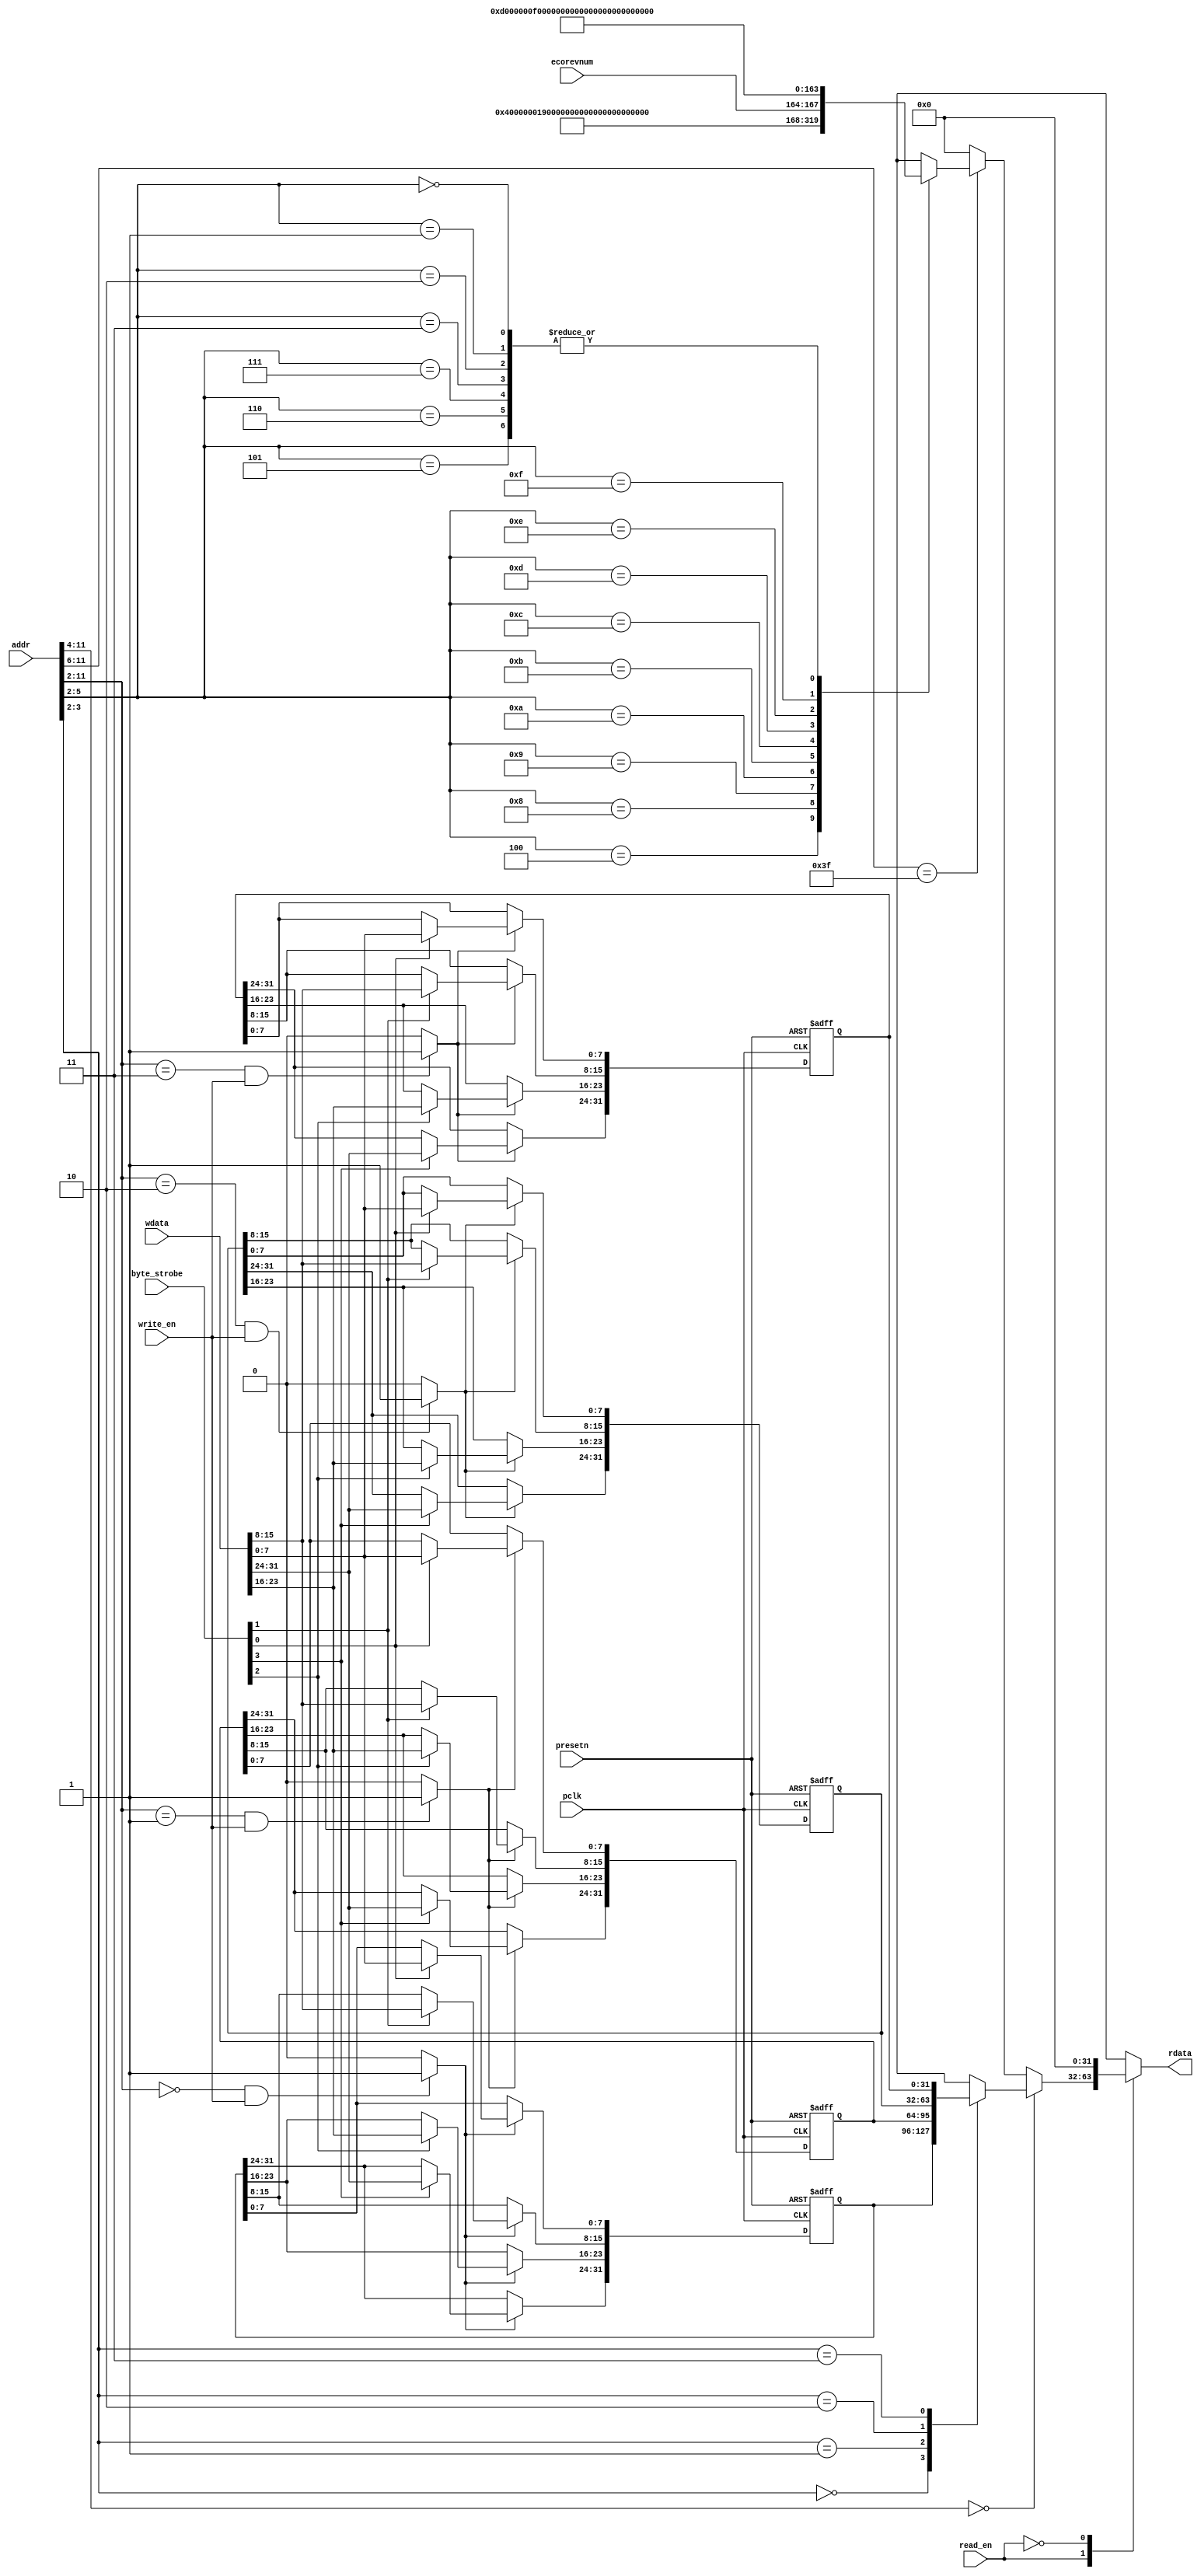
//-----------------------------------------------------------------------------
// The confidential and proprietary information contained in this file may
// only be used by a person authorised under and to the extent permitted
// by a subsisting licensing agreement from ARM Limited.
//
//            (C) COPYRIGHT 2010-2013 ARM Limited.
//                ALL RIGHTS RESERVED
//
// This entire notice must be reproduced on all copies of this file
// and copies of this file may only be made by a person if such person is
// permitted to do so under the terms of a subsisting license agreement
// from ARM Limited.
//
//      SVN Information
//
//      Checked In          : $Date: 2013-01-09 12:55:25 +0000 (Wed, 09 Jan 2013) $
//
//      Revision            : $Revision: 233070 $
//
//      Release Information : Cortex-M System Design Kit-r1p0-00rel0
//
//-----------------------------------------------------------------------------
//-----------------------------------------------------------------------------
// Abstract : APB example slave register module.
//            Support AMBA APB4
//            This is an example slave with four 32-bit registers, provides write
//            and read operation. The Data and address valid at the same clock
//            cycle. Byte strobe signal is supported.
//-----------------------------------------------------------------------------

module cmsdk_apb4_eg_slave_reg #(
  // parameter for address width
  parameter   ADDRWIDTH = 12)
 (
  input  wire                   pclk,       // clock
  input  wire                   presetn,    // reset

  // Register interface
  input  wire [ADDRWIDTH-1:0]   addr,
  input  wire                   read_en,
  input  wire                   write_en,
  input  wire [3:0]             byte_strobe,
  input  wire [31:0]            wdata,
  input  wire [3:0]             ecorevnum,
  output reg  [31:0]            rdata);

  // Local ID parameters, APB4 example slave has part number of 819
localparam  ARM_CMSDK_APB4_EG_SLAVE_PID4 = 32'h00000004; // 0xFD0 : PID 4
localparam  ARM_CMSDK_APB4_EG_SLAVE_PID5 = 32'h00000000; // 0xFD4 : PID 5
localparam  ARM_CMSDK_APB4_EG_SLAVE_PID6 = 32'h00000000; // 0xFD8 : PID 6
localparam  ARM_CMSDK_APB4_EG_SLAVE_PID7 = 32'h00000000; // 0xFDC : PID 7
localparam  ARM_CMSDK_APB4_EG_SLAVE_PID0 = 32'h00000019; // 0xFE0 : PID 0 APB4 Example slave part number[7:0]
localparam  ARM_CMSDK_APB4_EG_SLAVE_PID1 = 32'h000000B8; // 0xFE4 : PID 1 [7:4] jep106_id_3_0. [3:0] part number [11:8]
localparam  ARM_CMSDK_APB4_EG_SLAVE_PID2 = 32'h0000001B; // 0xFE8 : PID 2 [7:4] revision, [3] jedec_used. [2:0] jep106_id_6_4
localparam  ARM_CMSDK_APB4_EG_SLAVE_PID3 = 32'h00000000; // 0xFEC : PID 3
localparam  ARM_CMSDK_APB4_EG_SLAVE_CID0 = 32'h0000000D; // 0xFF0 : CID 0
localparam  ARM_CMSDK_APB4_EG_SLAVE_CID1 = 32'h000000F0; // 0xFF4 : CID 1 PrimeCell class
localparam  ARM_CMSDK_APB4_EG_SLAVE_CID2 = 32'h00000005; // 0xFF8 : CID 2
localparam  ARM_CMSDK_APB4_EG_SLAVE_CID3 = 32'h000000B1; // 0xFFC : CID 3
         // Note : Customer changing the design should modify
         // - jep106 value (www.jedec.org)
         // - part number (customer define)
         // - Optional revision and modification number (e.g. rXpY)


 //------------------------------------------------------------------------------
 // internal signals
 //------------------------------------------------------------------------------

  reg    [31:0]            data0;
  reg    [31:0]            data1;
  reg    [31:0]            data2;
  reg    [31:0]            data3;
  wire   [3:0]             wr_sel;

 //------------------------------------------------------------------------------
 // module logic start
 //------------------------------------------------------------------------------
  // Address decoding for write operations
  assign wr_sel[0] = ((addr[(ADDRWIDTH-1):2]==10'b0000000000)&(write_en)) ? 1'b1: 1'b0;
  assign wr_sel[1] = ((addr[(ADDRWIDTH-1):2]==10'b0000000001)&(write_en)) ? 1'b1: 1'b0;
  assign wr_sel[2] = ((addr[(ADDRWIDTH-1):2]==10'b0000000010)&(write_en)) ? 1'b1: 1'b0;
  assign wr_sel[3] = ((addr[(ADDRWIDTH-1):2]==10'b0000000011)&(write_en)) ? 1'b1: 1'b0;


 // register write, byte enable


 // Data register: data0
  always @(posedge pclk or negedge presetn)
    begin
    if (~presetn)
      begin
        data0 <= {32{1'b0}}; // Reset data 0 to 0x00000000
      end
    else if (wr_sel[0])
      begin
        if (byte_strobe[0])
           data0[ 7: 0] <= wdata[ 7: 0];
        if (byte_strobe[1])
           data0[15: 8] <= wdata[15: 8];
        if (byte_strobe[2])
           data0[23:16] <= wdata[23:16];
        if (byte_strobe[3])
           data0[31:24] <= wdata[31:24];
      end
    end


 // Data register: data1
  always @(posedge pclk or negedge presetn)
    begin
    if (~presetn)
      begin
        data1 <= {32{1'b0}}; // Reset data 1 to 0x00000000
      end
    else if (wr_sel[1])
      begin
        if (byte_strobe[0])
           data1[ 7: 0] <= wdata[7:0];
        if (byte_strobe[1])
           data1[15: 8] <= wdata[15:8];
        if (byte_strobe[2])
           data1[23:16] <= wdata[23:16];
        if (byte_strobe[3])
           data1[31:24] <= wdata[31:24];
      end
    end


  // Data register: data2
  always @(posedge pclk or negedge presetn)
    begin
    if (~presetn)
      begin
        data2 <= {32{1'b0}}; // Reset data 2 to 0x00000000
      end
    else if (wr_sel[2])
      begin
        if (byte_strobe[0])
           data2[ 7: 0] <= wdata[ 7: 0];
        if (byte_strobe[1])
           data2[15: 8] <= wdata[15: 8];
        if (byte_strobe[2])
           data2[23:16] <= wdata[23:16];
        if (byte_strobe[3])
           data2[31:24] <= wdata[31:24];
      end
    end


  // Data register: data3
  always @(posedge pclk or negedge presetn)
    begin
    if (~presetn)
      begin
        data3 <= {32{1'b0}}; // Reset data 3 to 0x00000000
      end
    else if (wr_sel[3])
      begin
        if (byte_strobe[0])
           data3[ 7: 0] <= wdata[ 7: 0];
        if (byte_strobe[1])
           data3[15: 8] <= wdata[15: 8];
        if (byte_strobe[2])
           data3[23:16] <= wdata[23:16];
        if (byte_strobe[3])
           data3[31:24] <= wdata[31:24];
      end
    end


 // register read

always @ (read_en or addr or data0 or data1 or data2 or data3 or ecorevnum)
 begin
   case (read_en)
     1'b1:
     begin
       if (addr[11:4] == 8'h00) begin
         case(addr[3:2])
           2'b00: rdata =  data0;
           2'b01: rdata =  data1;
           2'b10: rdata =  data2;
           2'b11: rdata =  data3;
           default: rdata = {32{1'bx}};
         endcase
       end
       else if (addr[11:6] == 6'h3F) begin
         case(addr[5:2])
          // Peripheral IDs and Component IDs.
          // AHB example slave has part number of 818
         4'b0100: rdata = ARM_CMSDK_APB4_EG_SLAVE_PID4; // 0xFD0 : PID 4
         4'b0101: rdata = ARM_CMSDK_APB4_EG_SLAVE_PID5; // 0xFD4 : PID 5
         4'b0110: rdata = ARM_CMSDK_APB4_EG_SLAVE_PID6; // 0xFD8 : PID 6
         4'b0111: rdata = ARM_CMSDK_APB4_EG_SLAVE_PID7; // 0xFDC : PID 7
         4'b1000: rdata = ARM_CMSDK_APB4_EG_SLAVE_PID0; // 0xFE0 : PID 0 APB Example slave part number[7:0]
         4'b1001: rdata = ARM_CMSDK_APB4_EG_SLAVE_PID1; // 0xFE4 : PID 1 [7:4] jep106_id_3_0. [3:0] part number [11:8]
         4'b1010: rdata = ARM_CMSDK_APB4_EG_SLAVE_PID2; // 0xFE8 : PID 2 [7:4] revision, [3] jedec_used. [2:0] jep106_id_6_4
         4'b1011: rdata ={ARM_CMSDK_APB4_EG_SLAVE_PID3[31:8], ecorevnum[3:0], 4'h0};
                                         // 0xFEC : PID 3 [7:4] ECO rev number, [3:0] modification number
         4'b1100: rdata = ARM_CMSDK_APB4_EG_SLAVE_CID0; // 0xFF0 : CID 0
         4'b1101: rdata = ARM_CMSDK_APB4_EG_SLAVE_CID1; // 0xFF4 : CID 1 PrimeCell class
         4'b1110: rdata = ARM_CMSDK_APB4_EG_SLAVE_CID2; // 0xFF8 : CID 2
         4'b1111: rdata = ARM_CMSDK_APB4_EG_SLAVE_CID3; // 0xFFC : CID 3
         // Note : Customer changing the design should modify
         // - jep106 value (www.jedec.org)
         // - part number (customer define)
         // - Optional revision and modification number (e.g. rXpY)
         4'b0000, 4'b0001,4'b0010,4'b0011: rdata = {32'h00000000}; // default
         default: rdata =  {32{1'bx}};  // x propagation
         endcase
       end
       else begin
         rdata = {32'h00000000}; // default
       end
   end
   1'b0:
     begin
       rdata =  {32{1'b0}};
     end
   default:
     begin
       rdata =  {32{1'bx}};
     end
   endcase
 end


 //------------------------------------------------------------------------------
 // module logic end
 //------------------------------------------------------------------------------



 endmodule